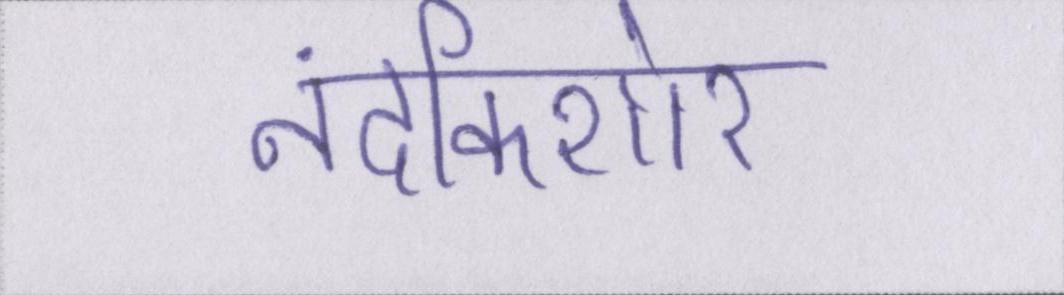
नंदकिशोर